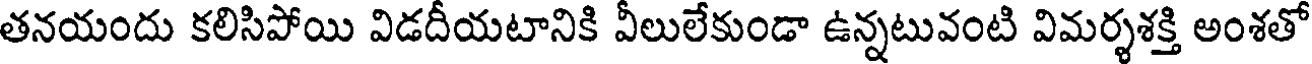
తనయందు కలిసిపోయి విడదీయటానికి వీలులేకుండా ఉన్నటువంటి విమర్శశక్తి అంశతో